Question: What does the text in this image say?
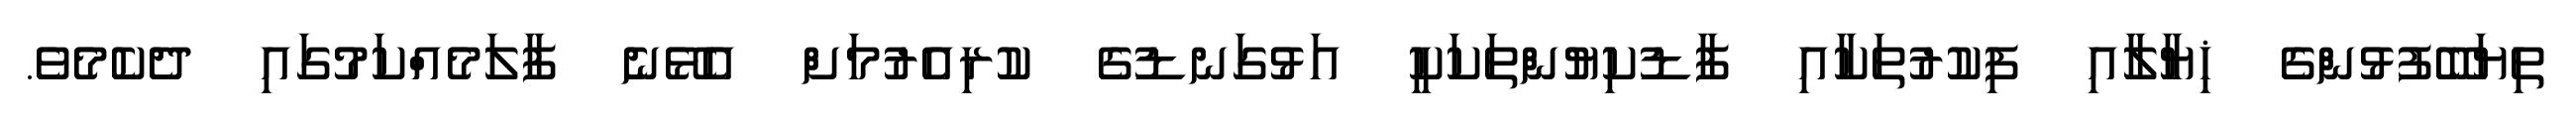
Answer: ތިޔަބޭފުޅުންގެ ޚިޔާލާއި ފިކުރުތަކާއި ފާޑުކިޔުންތަކަކީ އަޅުގަނޑުގެ ކުރިއެރުމަށް އެޅޭނެ ފާލަމެއްކަމުގައި ދެކެމެވެ.